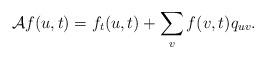
LaTeX: \begin{align*}\mathcal A f(u,t)=f_t(u,t)+\sum_{v}f(v,t)q_{uv}.\end{align*}